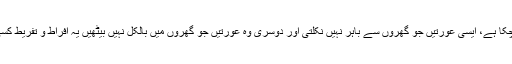
اب ہمارا معاشرہ دو حصوں میں تقسیم ہو چکا ہے، ایسی عورتیں جو گھروں سے باہر نہیں نکلتی اور دوسری وہ عورتیں جو گھروں میں بالکل نہیں بیٹھیں یہ افراط و تفریط کسی صورت میں بھی ہمارے لیے مفید نہیں۔